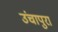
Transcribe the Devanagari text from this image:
उंचापुरा